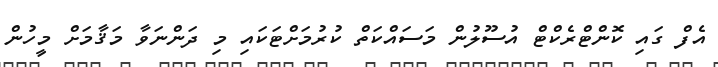
އެފް ގައި ކޮންޓްރެކްޓް އުސޫލުން މަސައްކަތް ކުރުމަށްޓަކައި މި ދަންނަވާ މަޤާމަށް މީހުން